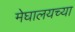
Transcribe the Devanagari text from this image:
मेघालयच्या